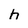
Character: h